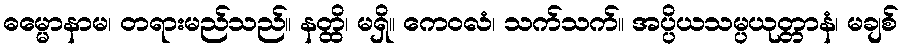
ဓမ္မောနာမ၊ တရားမည်သည်။ နတ္ထိ၊ မရှိ။ ကေဝလံ၊ သက်သက်။ အပ္ပိယသမ္ပယုတ္တာနံ၊ မချစ်